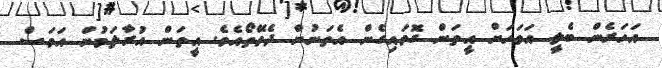
އަހަރެން ބެލީ އަވަހަށް އީތަން ގޮވައިގެން އެތަނުން ދެވޭތޯއެވެ. އީތަން އުރާލަމުން އަވަސް